Annual report on the working of the lock hospitals in the North-Western Provinces and Oudh
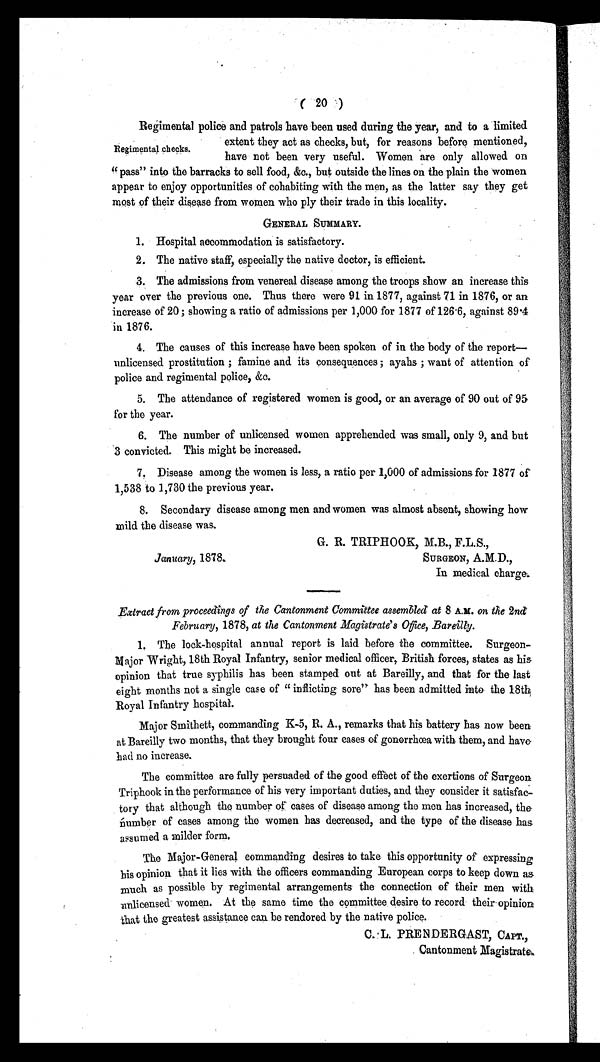
( 20)
Regimental police and patrols have been used during the year, and to a limited
extent they act as checks, but, for reasons before mentioned,
have not been very useful. Women are only allowed on
"pass" into the barracks to sell food, &amp;c., but outside the lines on the plain the women
appear to enjoy opportunities of cohabiting with the men, as the latter say they get
most of their disease from women who ply their trade in this locality.
GENERAL SUMMARY.
1. Hospital accommodation is satisfactory.
2. The native staff, especially the native doctor, is efficient.
3. The admissions from venereal disease among the troops show an increase this
year over the previous one. Thus there were 91 in 1877, against 71 in 1876, or an
increase of 20 ; showing a ratio of admissions per 1,000 for 1877 of 126·6, against 89·4
in 1876.
4. The causes of this increase have been spoken of in the body of the report—
unlicensed prostitution ; famine and its consequences ; ayahs ; want of attention of
police and regimental police, &amp;c.
5. The attendance of registered women is good, or an average of 90 out of 95
for the year.
6. The number of unlicensed women apprehended was small, only 9, and but
3 convicted. This might be increased.
7. Disease among the women is less, a ratio per 1,000 of admissions for 1877 of
1,538 to 1,730 the previous year.
8. Secondary disease among men and women was almost absent, showing how
mild the disease was.
Regimental checks.
January, 1878.
G. R. TRIPHOOK, M.B., F.L.S.,
SURGEON, A.M.D.,
In medical charge.
Extract from proceedings of the Cantonment Committee assembled at 8 A.M. on the 2nd
February, 1878, at the Cantonment Magistrate's Office,
1. The lock-hospital annual report is laid before the committee. Surgeon-
Major Wright, 18th Royal Infantry, senior medical officer, British forces, states as his
opinion that true syphilis has been stamped out at Bareilly, and that for the last
eight months not a single case of "inflicting sore" has been admitted into the 18th,
Royal Infantry hospital.
Major Smithett, commanding K-5, R. A., remarks that his battery has now been
at Bareilly two months, that they brought four eases of gonorrhœa with them, and have
had no increase.
The committee are fully persuaded of the good effect of the exertions of Surgeon
Triphook in the performance of his very important duties, and they consider it satisfac-
tory that although the number of cases of disease among the men has increased, the
number of cases among the women has decreased, and the type of the disease has
assumed a milder form.
The Major-General commanding desires to take this opportunity of expressing
his opinion that it lies with the officers commanding European corps to keep down as
much as possible by regimental arrangements the connection of their men with
unlicensed women. At the same time the committee desire to record their opinion
that the greatest assistance can be rendored by the native police.
C. L. PRENDERGAST, CAPT.,
Cantonment Magistrate.